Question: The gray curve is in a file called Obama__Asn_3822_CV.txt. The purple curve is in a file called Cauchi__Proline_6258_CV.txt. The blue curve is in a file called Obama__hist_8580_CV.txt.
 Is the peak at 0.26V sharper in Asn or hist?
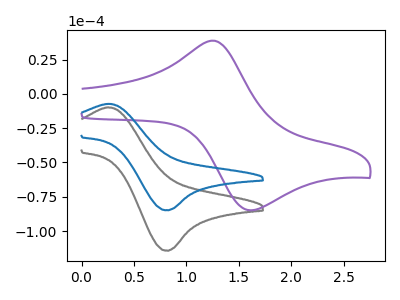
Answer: <think>The gray curve "Asn" has an anodic peak at (0.25V, -9.85uA) and a cathodic peak at (0.80V, -114.40uA). The purple curve "Proline" has an anodic peak at (1.25V, 38.70uA) and a cathodic peak at (1.60V, -84.90uA). The blue curve "hist" has an anodic peak at (0.25V, -7.30uA) and a cathodic peak at (0.80V, -84.90uA).</think>
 <answer>The peak at 0.26V is lower in "Asn" than in "hist".</answer>
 <eval>lower</eval>